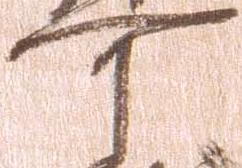
可